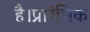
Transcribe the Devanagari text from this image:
है।प्रारंभिक